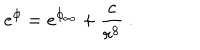
e ^ { \phi } = e ^ { \phi _ { \infty } } + \frac { c } { r ^ { 8 } } \ .